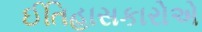
ઈતિહાસકારોએ